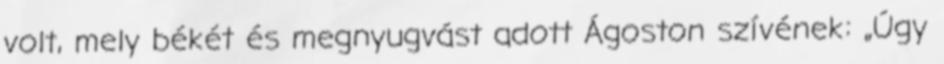
volt, mely békét és megnyugvást adott Ágoston szívének: „Úgy